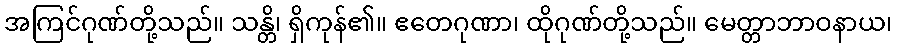
အကြင်ဂုဏ်တို့သည်။ သန္တိ၊ ရှိကုန်၏။ ဧတေဂုဏာ၊ ထိုဂုဏ်တို့သည်။ မေတ္တာဘာဝနာယ၊